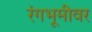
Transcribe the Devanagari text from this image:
रंंगभूमीवर